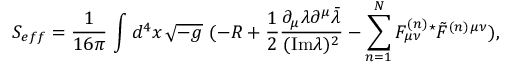
S _ { e f f } = { \frac { 1 } { 1 6 \pi } } \, \int d ^ { 4 } x \, \sqrt { - g } \, \, ( - R + { \frac { 1 } { 2 } } { \frac { \partial _ { \mu } \lambda \partial ^ { \mu } \bar { \lambda } } { ( \mathrm { I m } \lambda ) ^ { 2 } } } - \sum _ { n = 1 } ^ { N } { F _ { \mu \nu } ^ { ( n ) } { } ^ { \star } \tilde { F } ^ { ( n ) } { } ^ { \mu \nu } } ) ,